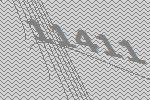
11411